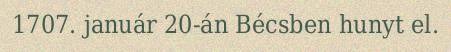
1707. január 20-án Bécsben hunyt el.